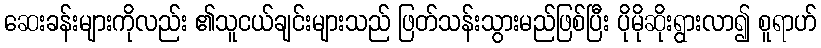
ဆေးခန်းများကိုလည်း ၏သူငယ်ချင်းများသည် ဖြတ်သန်းသွားမည်ဖြစ်ပြီး ပိုမိုဆိုးရွားလာ၍ စူရာဟ်